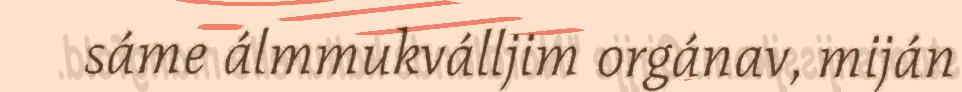
sáme álmmukválljim orgánav, miján